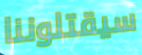
سيقتلوننا